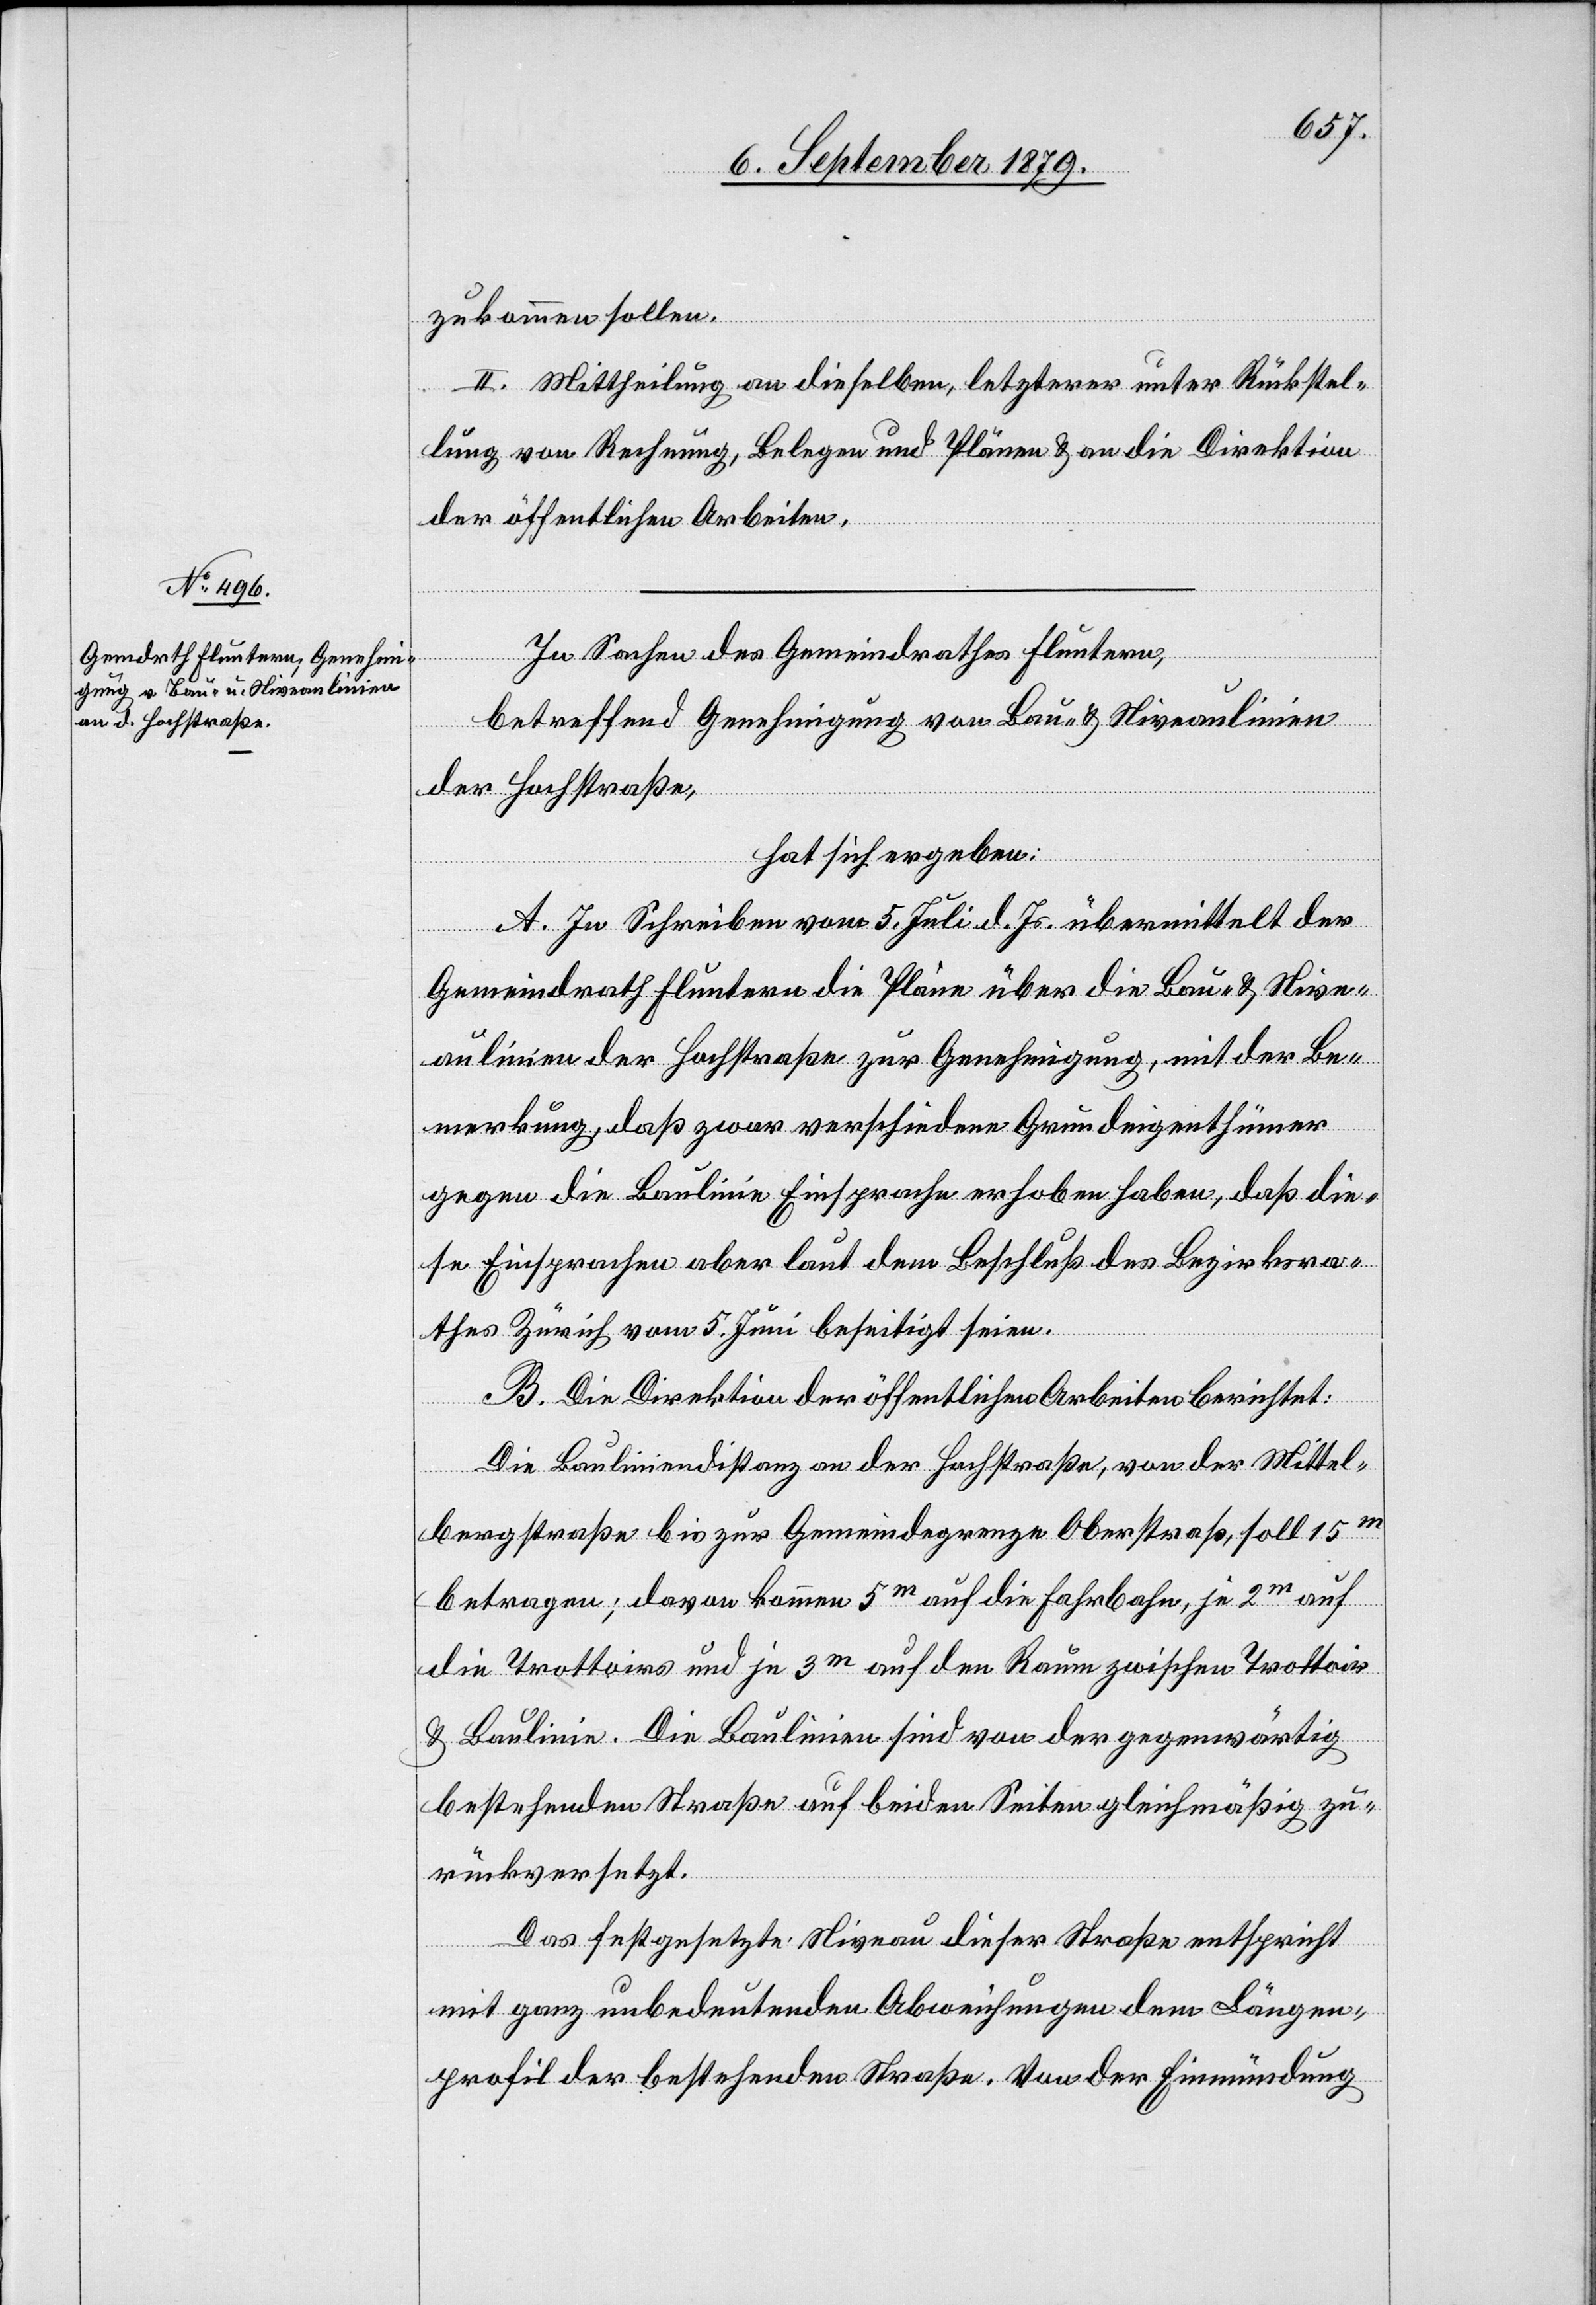
zukommen sollen.
II. Mittheilung an dieselben, letzterer unter Rückstel¬
lung von Rechnung, Belegen und Plänen & an die Direktion
der öffentlichen Arbeiten.
In Sachen des Gemeindrathes Fluntern,
betreffend Genehmigung von Bau- & Niveaulinien
der Hochstraße,
hat sich ergeben:
A. In Schreiben vom 5. Juli d. Js. übermittelt der
Gemeindrath Fluntern die Pläne über die Bau- & Nive¬
aulinien der Hochstraße zur Genehmigung, mit der Be¬
merkung, daß zwar verschiedene Grundeigenthümer
gegen die Baulinie Einsprache erhoben haben, daß die¬
se Einsprachen aber laut dem Beschluß des Bezirksra¬
thes Zürich vom 5. Juni besichtigt seien.
B. Die Direktion der öffentlichen Arbeiten berichtet:
Die Bauliniendistanz an der Hochstraße, von der Mittel¬
bergstraße bis zur Gemeindegrenze Oberstraß, soll 15m
betragen; davon kommen 5m auf die Fahrbahn, je 2m auf
die Trottoirs und je 3m auf den Raum zwischen Trottoir
& Baulinie. Die Baulinien sind von der gegenwärtig
bestehenden Straße auf beiden Seiten gleichmäßig zu¬
rückversetzt.
Das festgesetzte Niveau dieser Straße entspricht
mit ganz unbedeutenden Abweichungen dem Längen¬
profil der bestehenden Straße. Von der Einmündung